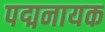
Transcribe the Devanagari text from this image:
पद्मनायक